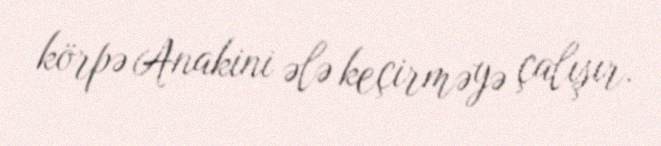
körpə Anakini ələ keçirməyə çalışır.